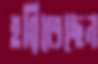
হরিতেছেন